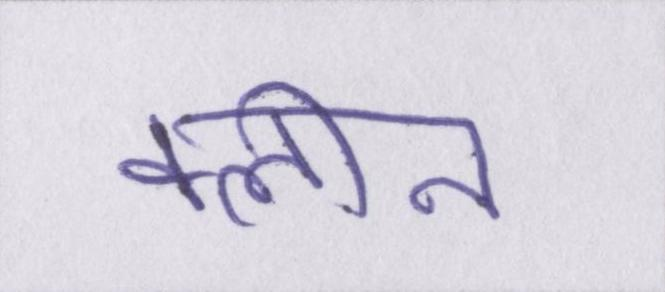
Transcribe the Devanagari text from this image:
क्लीन